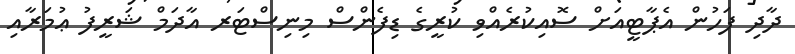
ދާދި ފަހުން އެޕާޓީއަށް ސޮއިކުރެއްވި ކުރީގެ ޑިފެންސް މިނިސްޓަރ އާދަމް ޝަރީފު ޢުމަރާއި